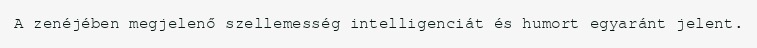
A zenéjében megjelenő szellemesség intelligenciát és humort egyaránt jelent.